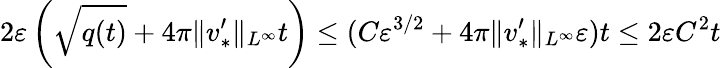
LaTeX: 2\varepsilon\left(\sqrt{q(t)}+4\pi\| v_{*}^{\prime}\| _{L^{\infty}}t\right)\leq(C\varepsilon^{3/2}+4\pi\| v_{*}^{\prime}\| _{L^{\infty}}\varepsilon)t\leq 2\varepsilon C^{2}t